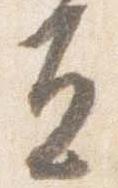
立